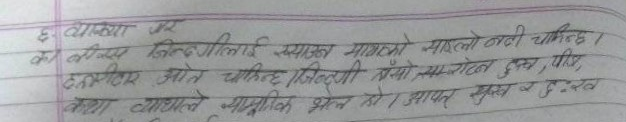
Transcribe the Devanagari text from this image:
६: व्याख्या गर
को तीब्र जिन्दगीलाई स्याजलो मात्रैको नहलो नदो चाहिन्छ।
तरपिर ओत चाहिन्छ। जिन्दगी राम्रो स्याजलो दु:ख, पीर,
कथा व्यथाले साम्पूणिक झेन हो । आपत सुख व दु:ख